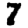
Digit: 7